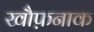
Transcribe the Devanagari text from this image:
खौफ़नाक